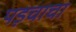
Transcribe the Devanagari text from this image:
पड़चाचा